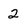
Character: 2